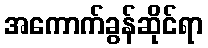
အကောက်ခွန်ဆိုင်ရာ